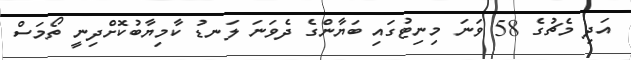
އަދި މެޗުގެ 58 ވަނަ މިނިޓުގައި ބަޔާންގެ ދެވަނަ ލަނޑު ކާމިޔާބުކޮށްދިނީ ތޯމަސް